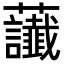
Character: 𧆂